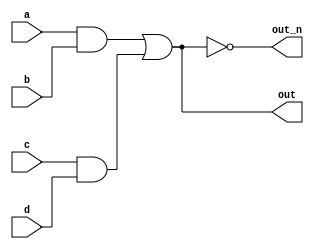
`default_nettype none
module top_module(
    input a,
    input b,
    input c,
    input d,
    output out,
    output out_n   ); 
	
    wire net10;
    wire net11;
    wire net20;
    
    assign net10 = (a && b);
    assign net11 = (c && d);
    
    assign net20 = (net10 || net11);
    
    assign out = net20;
    assign out_n = !net20;
    
    
    
endmodule